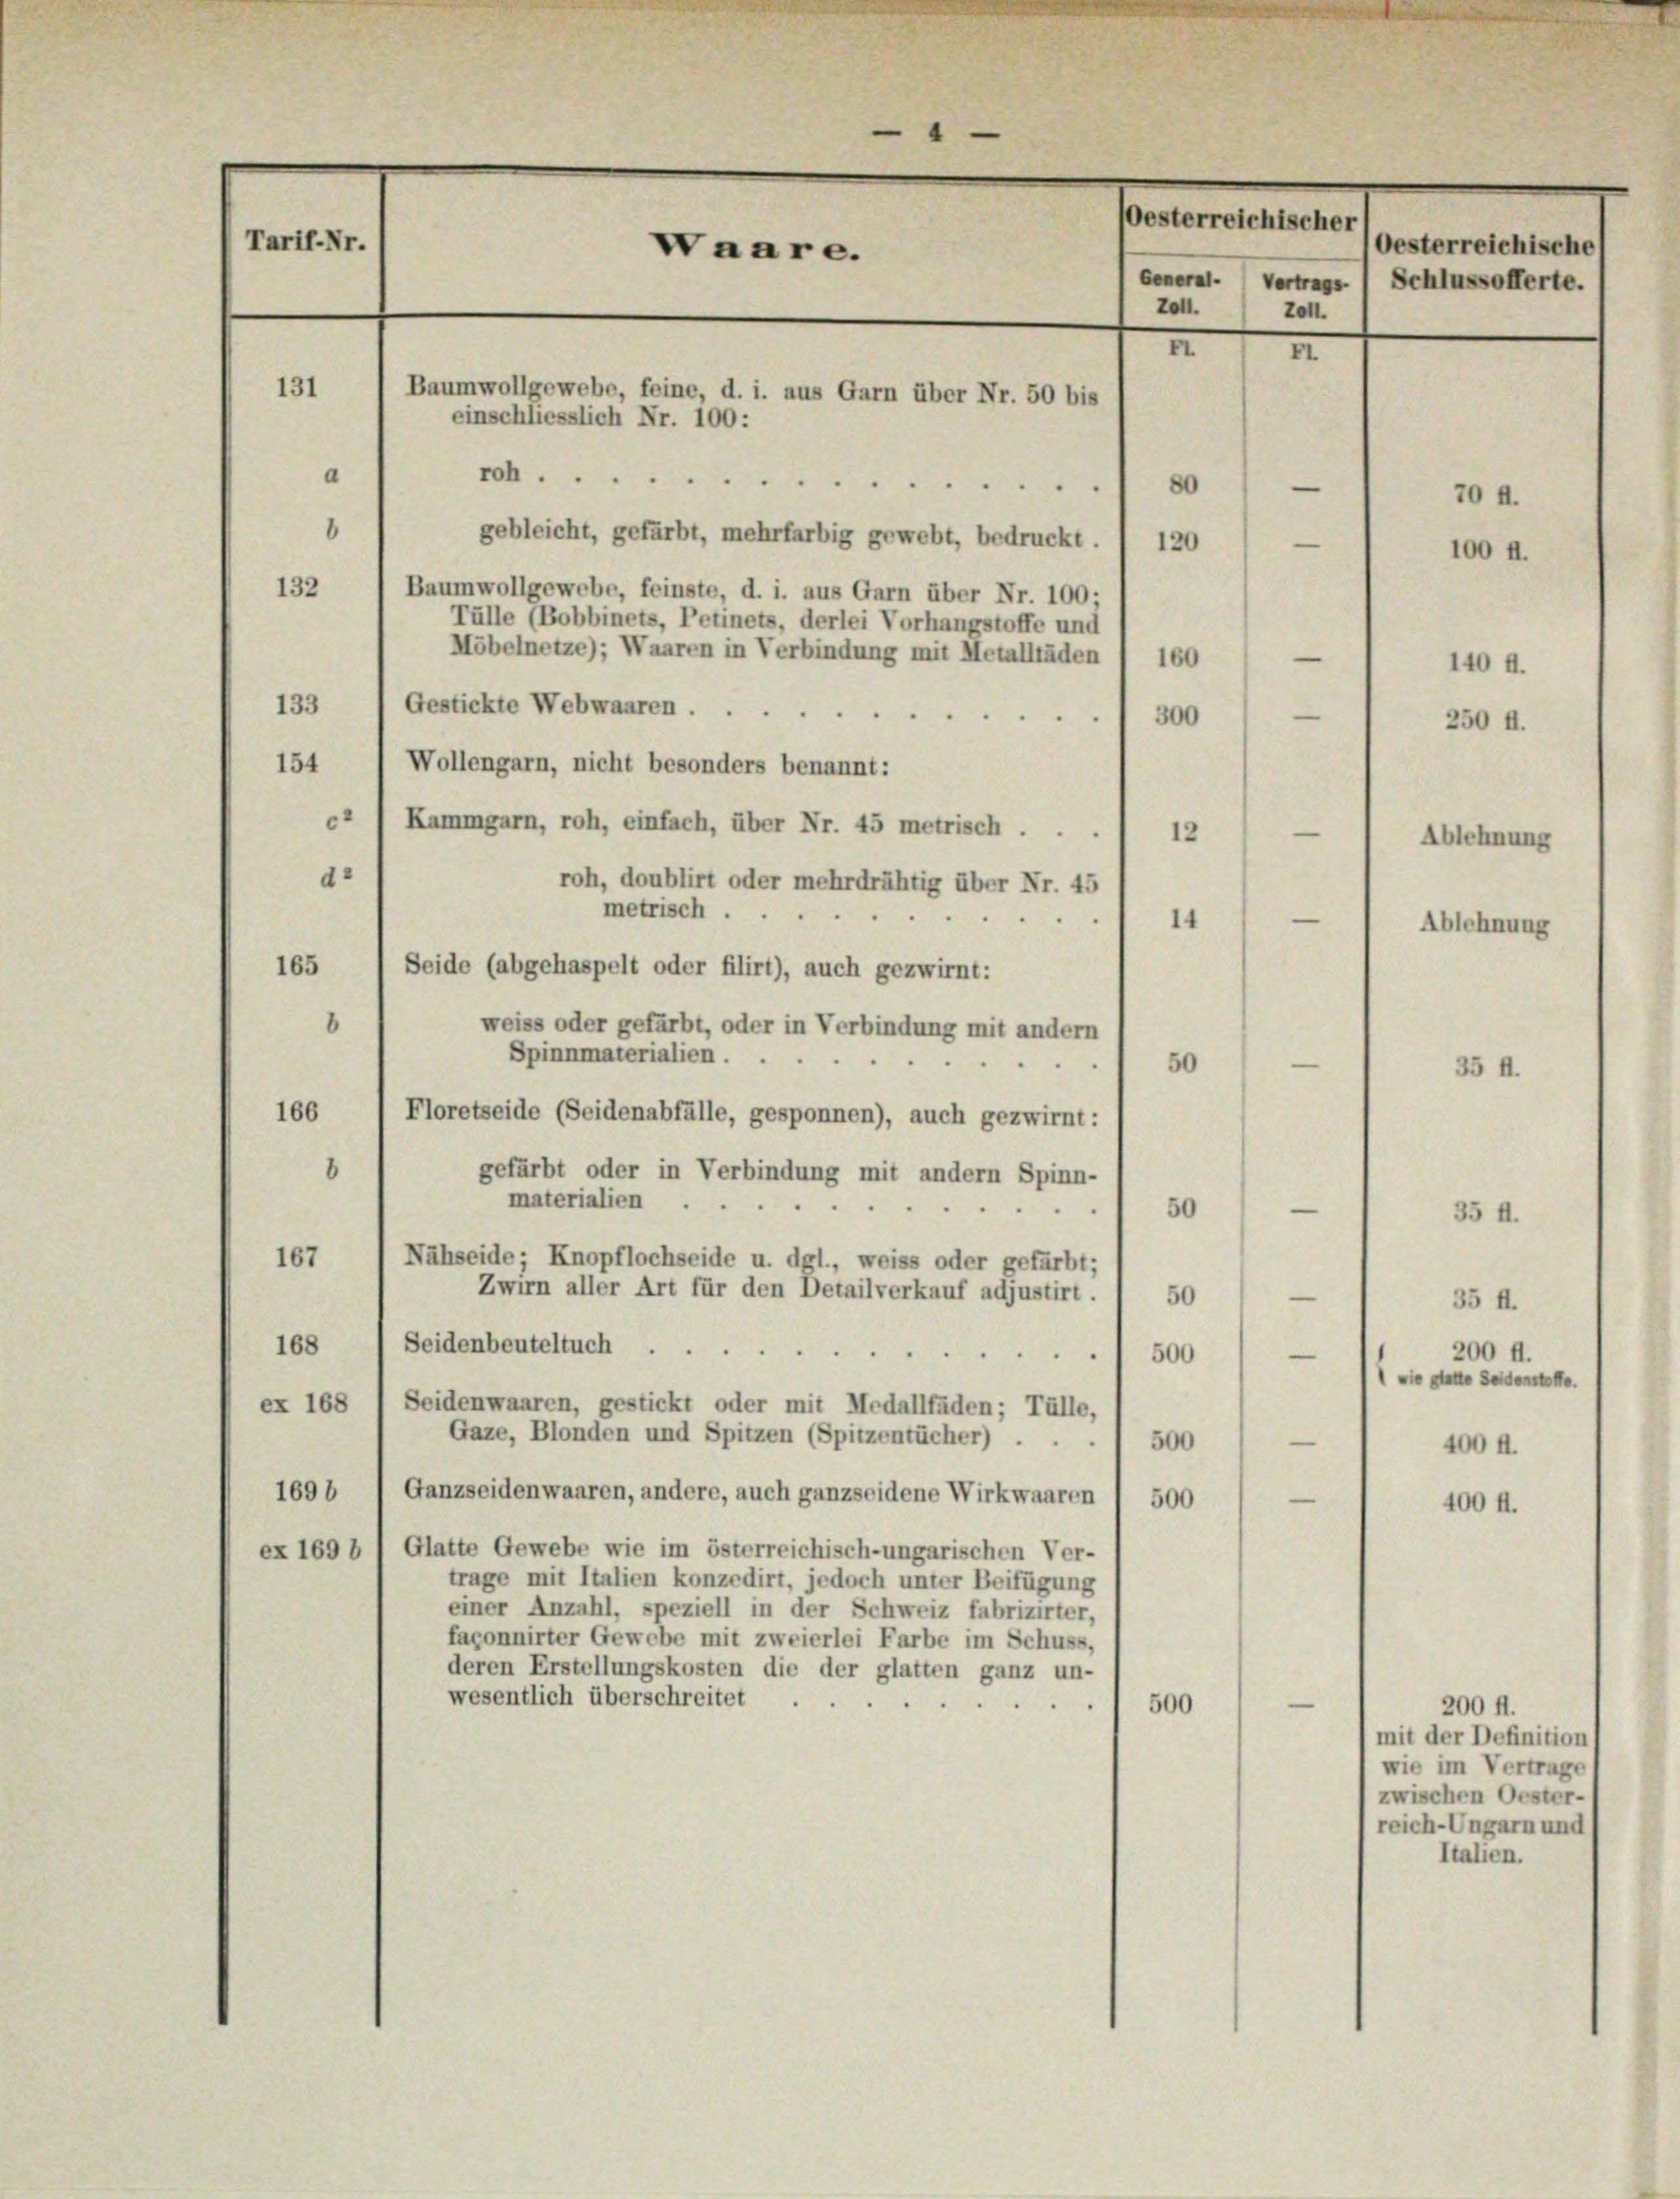
(oesterreichischer
Tarif-Nr.
Waare.
General. Vertrags. (Schlussofferte.
zoll.
zon.
M
131
a
.
80
—
70 f.
8
gebleicht, gefärbt, mehrfarbig gewebt, bedruckt.
120
—
100 ff.
132
Baumwollgewebe, feinste, d. i. aus Garn über Nr. 100;
Tülle (Bobbinets, Petinets, derlei Vorhangstoffe und
Möbelnetze); Waaren in Verbindung mit Metalltäden / 160
—
140 f.
Gestickte Webwaaren ...
133
—
300
250 fl.
154 ( Wollengarn, nicht besonders benannt:
c) Kammgarn, roh, einfach, über Nr. 45 metrisch
—
12
Ablehnung

d.
roh, doublirt oder mehrdrähtig über Nr. 45
metrisch ...
—
14
Seide (abgehaspelt oder filirt), auch gezwirnt:
165
6
weiss oder gefärbt, oder in Verbindung mit andern
Spinnmaterialien.
e
166
Floretseide (Seidenabfälle, gesponnen), auch gezwirnt:
8
gefärbt oder in Verbindung mit andern Spinn-
materialien
50
167) Nähseide; Knopflochseide u. dgl., weiss oder gefärbt;
Zwirn aller Art für den Detailverkauf adjustirt.
50
Seidenbeuteltuch.
168
—
500
ex 168 " Seidenwaaren, gestickt oder mit Medallfäden; Tülle,
Gaze, Blonden und Spitzen (Spitzentücher) . .
500
—
1698
Ganzseidenwaaren, andere, auch ganzseidene Wirkwaaren
—
500
ex 169 b ) Glatte Gewebe wie im österreichisch-ungarischen Ver-
trage mit Italien konzedirt, jedoch unter Beifügung
einer Anzahl, speziell in der Schweiz fabrizirter,
façonnirter Gewebe mit zweierlei Farbe im Schuss,
deren Erstellungskosten die der glatten ganz un-
wesentlich überschreitet
500

Baumwollgewebe, feine, d. i. aus Garn über Nr. 50 bis
einschliesslich Nr. 100:

50

Ablehnung

35 f.

35 f.

Oesterreichische

35 ff.
200 ff.
 Seidente
400 d.
400 ff.

200 ff.
mit der Definition
wie im Vertrage
zwischen Oester-
reich-Ungarn und
Italien.